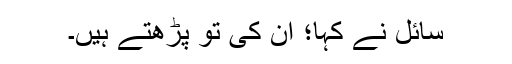
سائل نے کہا؛ ان کی تو پڑھتے ہیں۔